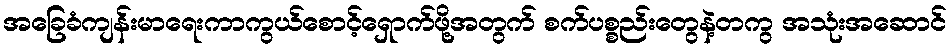
အခြေခံကျန်းမာရေးကာကွယ်စောင့်ရှောက်ဖို့အတွက် စက်ပစ္စည်းတွေနဲ့တကွ အသုံးအဆောင်